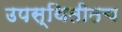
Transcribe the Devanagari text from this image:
उपस्थितीतच